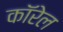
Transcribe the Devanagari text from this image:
कॉरेल